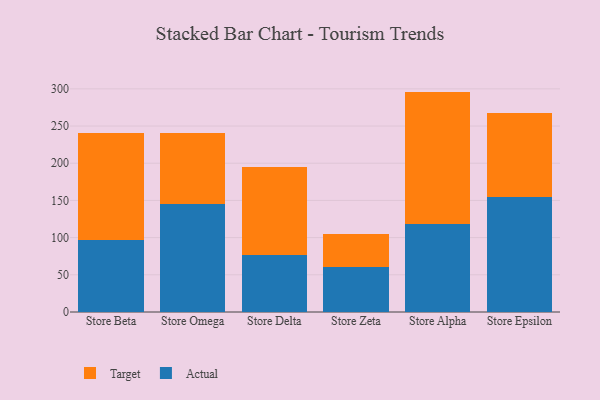
{"axis": {"x": "Store", "y": "Production Output"}, "legend": ["Actual", "Target"], "data": [{"x": "Store Beta", "y": 97.4, "type": "Actual"}, {"x": "Store Beta", "y": 142.8, "type": "Target"}, {"x": "Store Omega", "y": 144.8, "type": "Actual"}, {"x": "Store Omega", "y": 96.0, "type": "Target"}, {"x": "Store Delta", "y": 77.2, "type": "Actual"}, {"x": "Store Delta", "y": 117.2, "type": "Target"}, {"x": "Store Zeta", "y": 60.1, "type": "Actual"}, {"x": "Store Zeta", "y": 44.6, "type": "Target"}, {"x": "Store Alpha", "y": 118.5, "type": "Actual"}, {"x": "Store Alpha", "y": 177.8, "type": "Target"}, {"x": "Store Epsilon", "y": 154.1, "type": "Actual"}, {"x": "Store Epsilon", "y": 113.2, "type": "Target"}]}